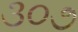
૩૦૭